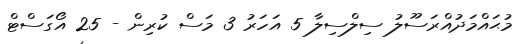
މުޙައްމަދުއްރަސޫލު ސިލްސިލާ 5 އަހަރު 3 މަސް ކުރިން - 25 އޯގަސްޓް